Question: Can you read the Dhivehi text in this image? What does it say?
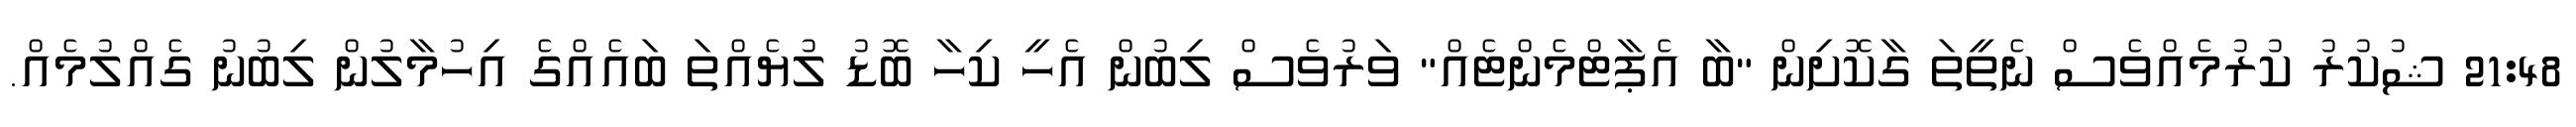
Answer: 21:48 ޝުކުރު ކުރުމެއްވެސް ނެތީތަ ގާކޮށިން "ބާ އެޕާޓްމެންޓެއް" ވަރުވެސް ލިބުން އެހީ ކިހާ ބޮޑު ލުޔެއްތަ ބައެއްގެ އިހުމާލުން ލިބުނު ގެއްލުމެއް.